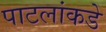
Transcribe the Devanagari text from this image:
पाटलांकडे